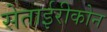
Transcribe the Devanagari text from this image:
सेताईरीकोन